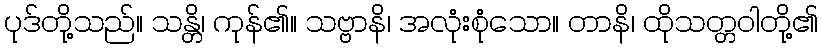
ပုဒ်တို့သည်။ သန္တိ၊ ကုန်၏။ သဗ္ဗာနိ၊ အလုံးစုံသော။ တာနိ၊ ထိုသတ္တဝါတို့၏